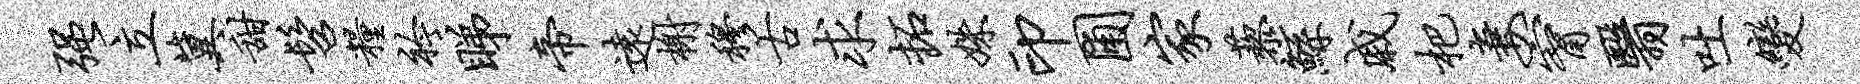
强立冀甜髫粮衿睇帝远榭穆古求拓姝印圃家藜鲧戚杷妻甯翳吐变